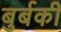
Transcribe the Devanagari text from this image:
बुर्बकी